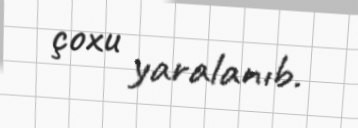
çoxu yaralanıb.